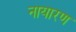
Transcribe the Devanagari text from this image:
नायारण